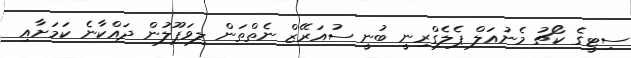
ސިޓީގެ ކޯޗު މެނުއަލް ޕެލެގްރިނީ ބުނީ ސުއަރޭޒް ނެތްތަން ލިވަޕޫލުން ދައްކާނެ ކަމަށާއި